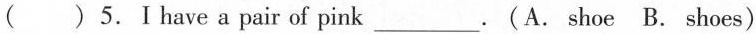
( )5.Ⅰ have a pair of pink___.(A. shoe B. shoes)